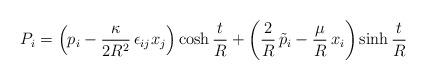
LaTeX: \begin{align*}P_{i}=\left(p_{i}-\frac{\kappa}{2R^{2}}\,\epsilon_{ij}x_{j}\right)\cosh\frac{t}{R}+\left(\frac{2}{R}\,\tilde{p}_{i}-\frac{\mu}{R}\,x_{i}\right)\sinh\frac{t}{R}\end{align*}